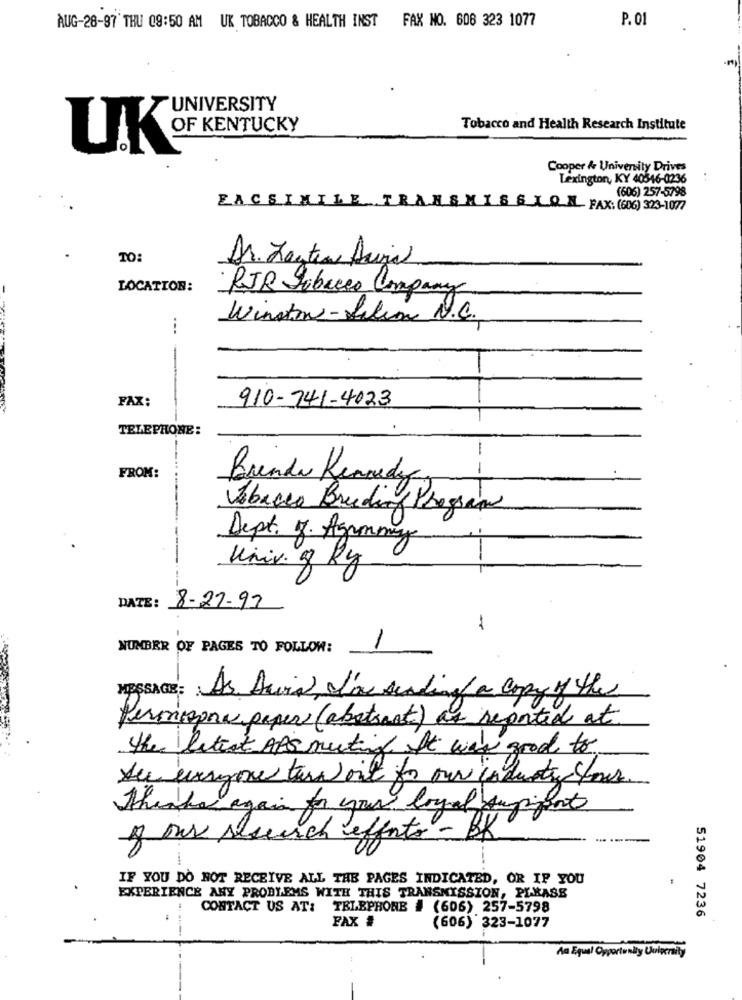
AUG-28-97 THU 09:50 AM UK TOBACCO & HEALTH INST FAX NO. 608 323 1077
P. 01
UNIVERSITY
Tobacco and Health Research Institute
OF KENTUCKY
Cooper & University Drives
Lexington, KY 40546-0236
(606) 257-5798
FACSIMILE TRANSMISSION FAX: (606) 323-1077
TO
Dr. Zenten Avvia
LOCATION:
RJR Tobacco Company
Winston-Silin N.C.
---
FAX:
910-741-4023
TELEPHONE:
---
FROM:
Brenda Kennedy
Vebacco Bruding Phegran
Dept. J. Agrammy
Univ. g ky
DATE:
8-27-97
1
1
NUMBER OF PAGES TO FOLLOW:
MESSAGE:
As Duvia, I'm sending a copy of the
Permisona paper (abstract) as reported at
the latest APS meeting. It was good to
Let everyone turn out for our industry your.
theskal again for your loyal Aupiment
y our research effets - of
IF YOU DO NOT RECEIVE ALL THE PAGES INDICATED, OR IF YOU
EXPERIENCE ANY PROBLEMS WITH THIS TRANSMISSION, PLEASE
CONTACT US AT: TELEPHONE # (606) 257-5798
51904 7236
FAX #
(606) 323-1077
An Equal Opportunity University